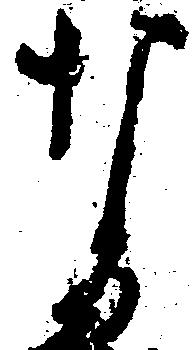
な